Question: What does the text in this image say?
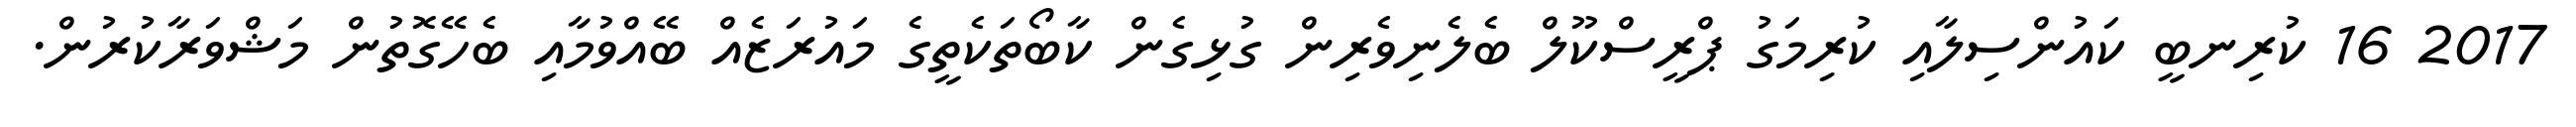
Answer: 2017 16 ކުރިނބީ ކައުންސިލާއި ކުރިމަގު ޕްރީސްކޫލް ބެލެނިވެރިން ގުޅިގެން ކާބޯތަކެތީގެ މައުރަޒެއް ބޭއްވުމާއި ބެހޭގޮތުން މަޝްވަރާކުރުން.